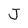
Character: J